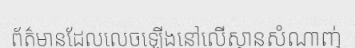
ព័ត៌មានដែលលេចឡើងនៅលើស្ថានសំណាញ់